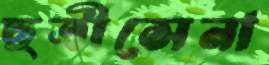
ছত্রীসেনা